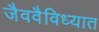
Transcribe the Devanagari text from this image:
जैववैविध्यात